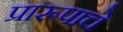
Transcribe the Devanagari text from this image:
प्रारूपाचे